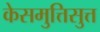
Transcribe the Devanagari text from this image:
केसमुत्तिसुत्त